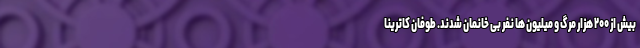
بیش از ۲۰۰ هزار مرگ و میلیون ها نفر بی خانمان شدند. طوفان کاترینا